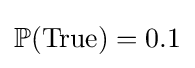
\mathbb {P} ({\text{True}})=0.1